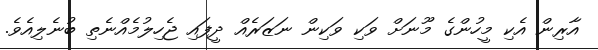
އާރިން އެކި މީހުންގެ މޫނަށް ވަކި ވަކިން ނަޒަރެއް ދީފައި ޖެހިލުމެއްނެތި ބުނެލިއެވެ.